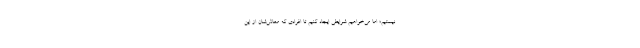
نیستیم؛ اما می‌خواهیم شرایطی ایجاد کنیم تا افرادی که معاش‌شان از این